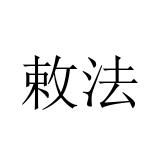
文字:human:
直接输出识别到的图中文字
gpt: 敕法